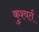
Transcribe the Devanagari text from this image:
कुश्वर्त